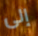
إلى